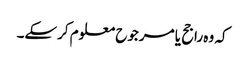
کہ وہ راجح یا مرجوح معلوم کرسکے۔